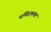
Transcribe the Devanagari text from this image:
पथिरामनल